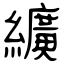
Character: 纊